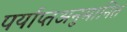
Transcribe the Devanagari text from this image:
पर्याप्तअनुमानित